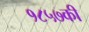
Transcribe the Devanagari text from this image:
१८५७की